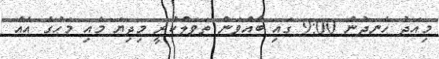
މިއަދު ހެނދުނު 9:00 ގައި ބާއްވަން ތަވަލްކުރީ މިދިޔަ މެއި މަހުގެ އެއް